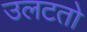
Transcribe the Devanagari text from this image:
उलटतो